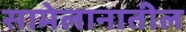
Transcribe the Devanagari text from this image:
सामेलानातील